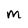
Character: m